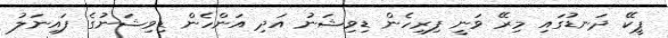
ޕީކޭ ދަނޑުގައި މިރޭ ވަނީ ފިރިހެން ޑިވިޝަނު އަދި އަންހެން ޑިވިޝަނުގެ ފައިނަލު